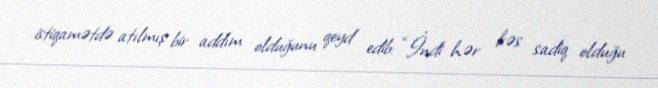
istiqamətdə atılmış bir addım olduğunu qeyd edib: “İndi hər kəs sadiq olduğu